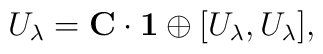
U_\lambda = {\bf C} \cdot {\bf 1} \oplus [U_\lambda, U_\lambda],